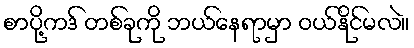
စာပို့ကဒ် တစ်ခုကို ဘယ်နေရာမှာ ဝယ်နိုင်မလဲ။